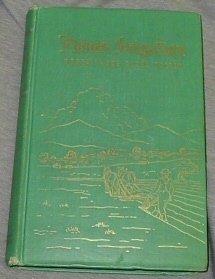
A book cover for Pioneer Irrigation, Upper Snake River Valley; Kate B., Editor Carter; Science & Math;